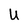
Character: U